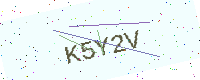
Text: K5Y2V